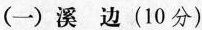
(→)溪边(10分)